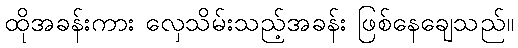
ထိုအခန်းကား လှေသိမ်းသည့်အခန်း ဖြစ်နေချေသည်။